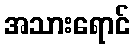
အသားရောင်